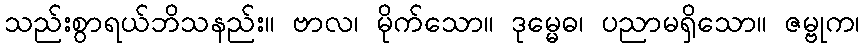
သည်းစွာရယ်ဘိသနည်း။ ဗာလ၊ မိုက်သော။ ဒုမ္မေဓ၊ ပညာမရှိသော။ ဇမ္ဗုက၊